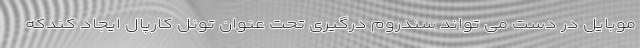
موبایل در دست می تواند سندروم درگیری تحت عنوان تونل کارپال ایجاد کندکه